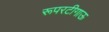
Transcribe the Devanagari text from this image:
रूपरटीगाऊ